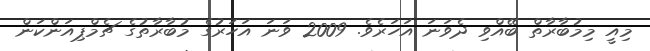
މިއީ މިމުބާރާތް ބޭއްވި ދެވަނަ އަހަރެވެ. 2009 ވަނަ އަހަރުގެ މުބާރާތުގެ ޗެމްޕިއަންކަން